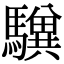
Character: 𩦸